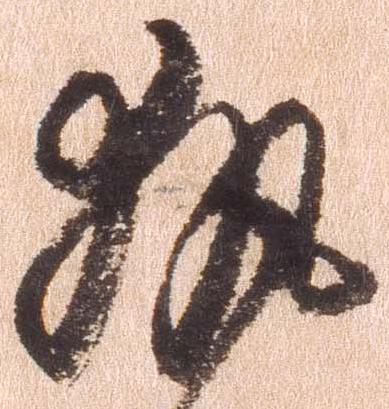
執